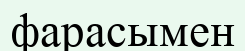
фарасымен